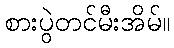
စားပွဲတင်မီးအိမ်။